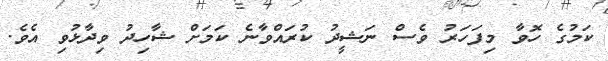
ކަމުގެ ހޮވާ މިފަހަރު ވެސް ނަޝީދު ކުރައްވާނެ ކަމަށް ޝާހިދު ވިދާޅުވި އެވެ.